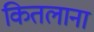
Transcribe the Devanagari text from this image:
कितलाना